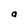
Character: a